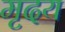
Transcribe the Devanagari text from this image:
मृदय